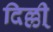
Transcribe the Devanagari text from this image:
दिल्ली्